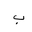
Letter: _ba